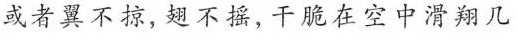
或者翼不掠，翅不摇，干脆在空中滑翔几